342_HS1-416511228_319.1 Flying Discs 1949
Agency: Department of War
Incident date: 1/9/50
Page 95
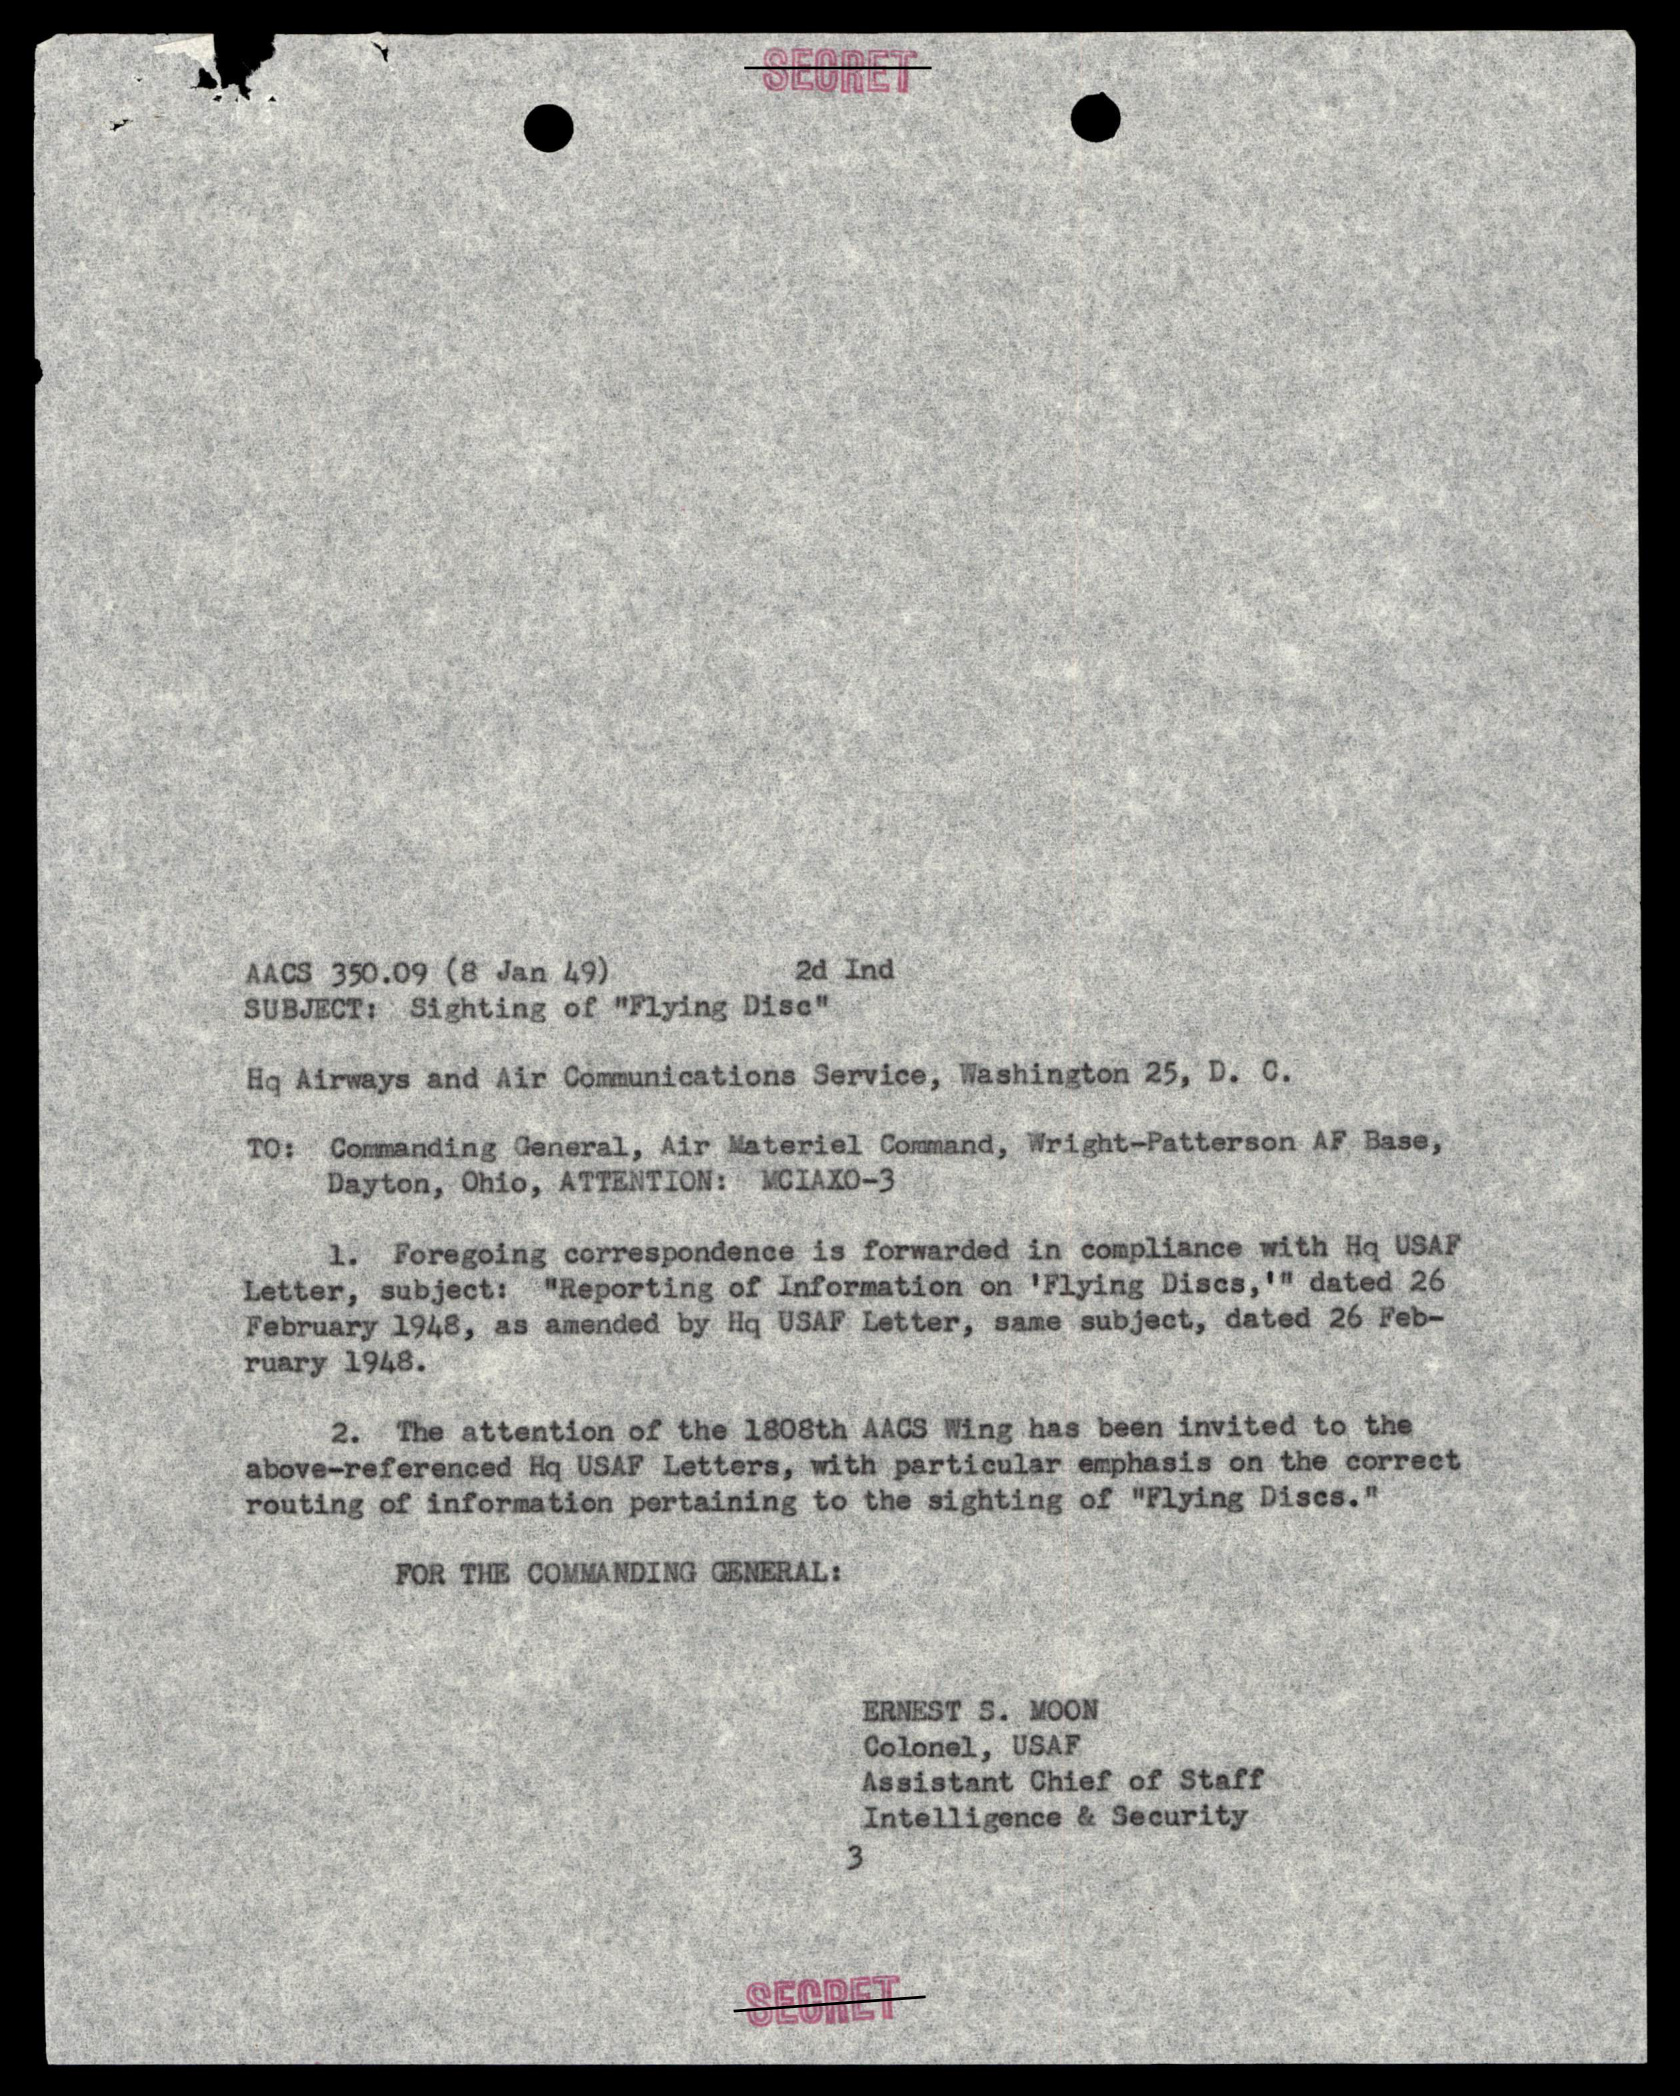